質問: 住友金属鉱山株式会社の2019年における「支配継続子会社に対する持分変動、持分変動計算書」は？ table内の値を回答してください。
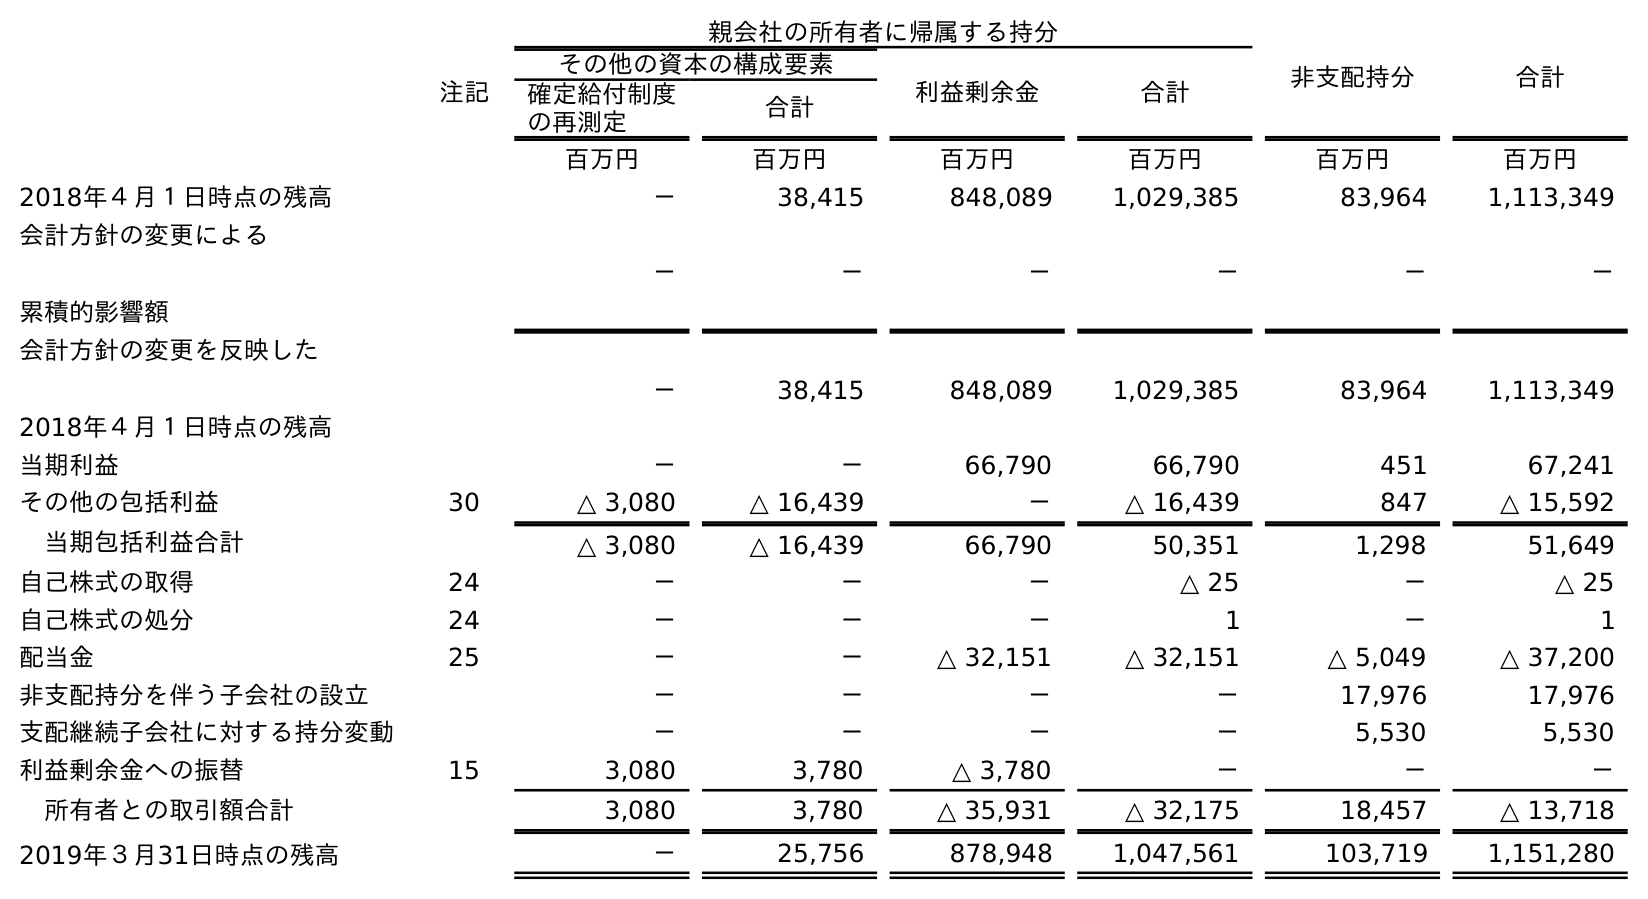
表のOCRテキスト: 親会社の所有者に帰属する持分 非支配持分 合計 注記 その他の資本の構成要素 利益剰余金 合計 確定給付制度 の再測定 合計 百万円 百万円 百万円 百万円 百万円 百万円 2018年４月１日時点の残高 － 38,415 848,089 1,029,385 83,964 1,113,349 会計方針の変更による 累積的影響額 － － － － － － 会計方針の変更を反映した 2018年４月１日時点の残高 － 38,415 848,089 1,029,385 83,964 1,113,349 当期利益 － － 66,790 66,790 451 67,241 その他の包括利益 30 △ 3,080 △ 16,439 － △ 16,439 847 △ 15,592 当期包括利益合計 △ 3,080 △ 16,439 66,790 50,351 1,298 51,649 自己株式の取得 24 － － － △ 25 － △ 25 自己株式の処分 24 － － － 1 － 1 配当金 25 － － △ 32,151 △ 32,151 △ 5,049 △ 37,200 非支配持分を伴う子会社の設立 － － － － 17,976 17,976 支配継続子会社に対する持分変動 － － － － 5,530 5,530 利益剰余金への振替 15 3,080 3,780 △ 3,780 － － － 所有者との取引額合計 3,080 3,780 △ 35,931 △ 32,175 18,457 △ 13,718 2019年３月31日時点の残高 － 25,756 878,948 1,047,561 103,719 1,151,280
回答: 5,530